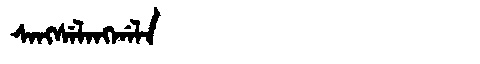
Manchu: ᠰᠠᠩᠰᡝᠯᠠᠩᡤᠠᠯᠠ
Romanization: SANGSELANGGALA